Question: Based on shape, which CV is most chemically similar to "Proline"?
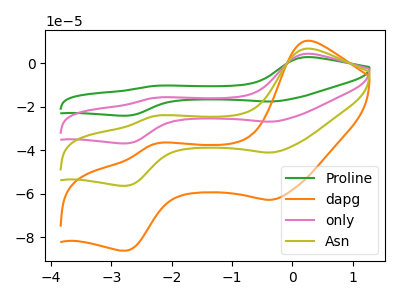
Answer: <think>The green curve "Proline" has anodic peaks at (0.25V, 20.35uA) (-2.30V, -72.60uA) and cathodic peaks at (-0.35V, -122.95uA) (-2.75V, -168.80uA). The orange curve "dapg" has anodic peaks at (0.25V, 10.40uA) (-2.30V, -37.05uA) and cathodic peaks at (-0.35V, -62.70uA) (-2.75V, -86.10uA). The pink curve "only" has anodic peaks at (0.25V, 13.55uA) (-2.30V, -48.40uA) and cathodic peaks at (-0.35V, -81.95uA) (-2.75V, -112.55uA). The olive curve "Asn" has anodic peaks at (0.25V, 6.80uA) (-2.30V, -24.20uA) and cathodic peaks at (-0.35V, -41.00uA) (-2.75V, -56.25uA).
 All the peaks in "Proline" have a peak in "dapg" at the same potential. All the peaks in "Proline" have a peak in "only" at the same potential. All the peaks in "Proline" have a peak in "Asn" at the same potential. All the peaks in "dapg" have a peak in "only" at the same potential. All the peaks in "dapg" have a peak in "Asn" at the same potential. All the peaks in "only" have a peak in "Asn" at the same potential.</think>
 <answer>"Proline", "only" and "Asn" have a similar shape to "dapg".</answer>
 <eval>"Proline" "only" "Asn"</eval>